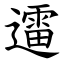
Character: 䢮